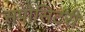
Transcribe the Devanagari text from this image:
सपोसिटरी